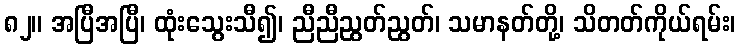
၈၂။ အပြီအပြီ၊ ထုံးသွေးသီ၍၊ ညီညီညွတ်ညွတ်၊ သမာနတ်တို့၊ သိတတ်ကိုယ်ရမ်း၊